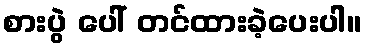
စားပွဲ ပေါ် တင်ထားခဲ့ပေးပါ။